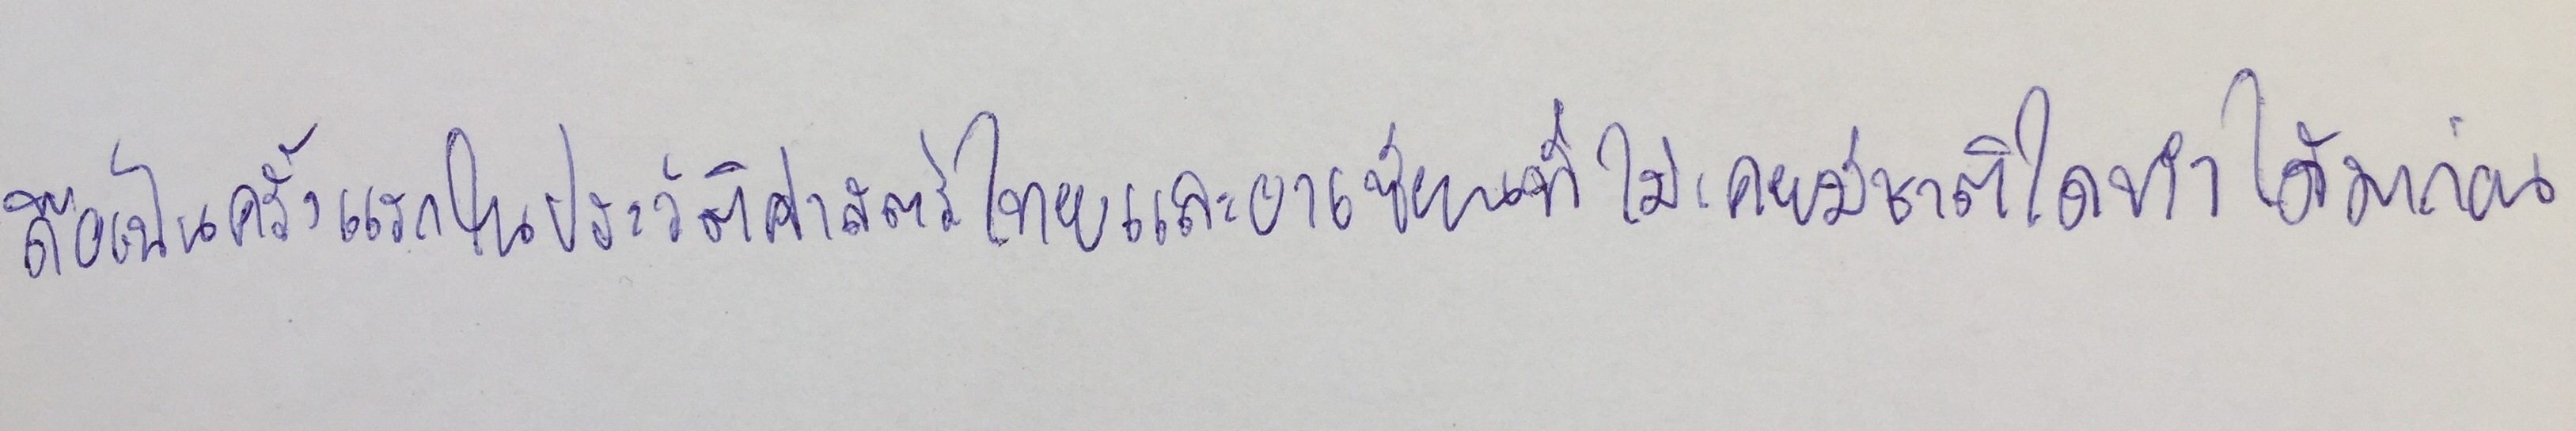
ถือเป็นครั้งแรกในประวัติศาสตร์ไทยและอาเซียนที่ไม่เคยมีชาติใดทำได้มาก่อน